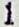
1